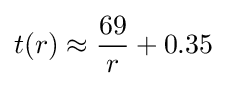
t(r)\approx {\frac {69}{r}}+0.35